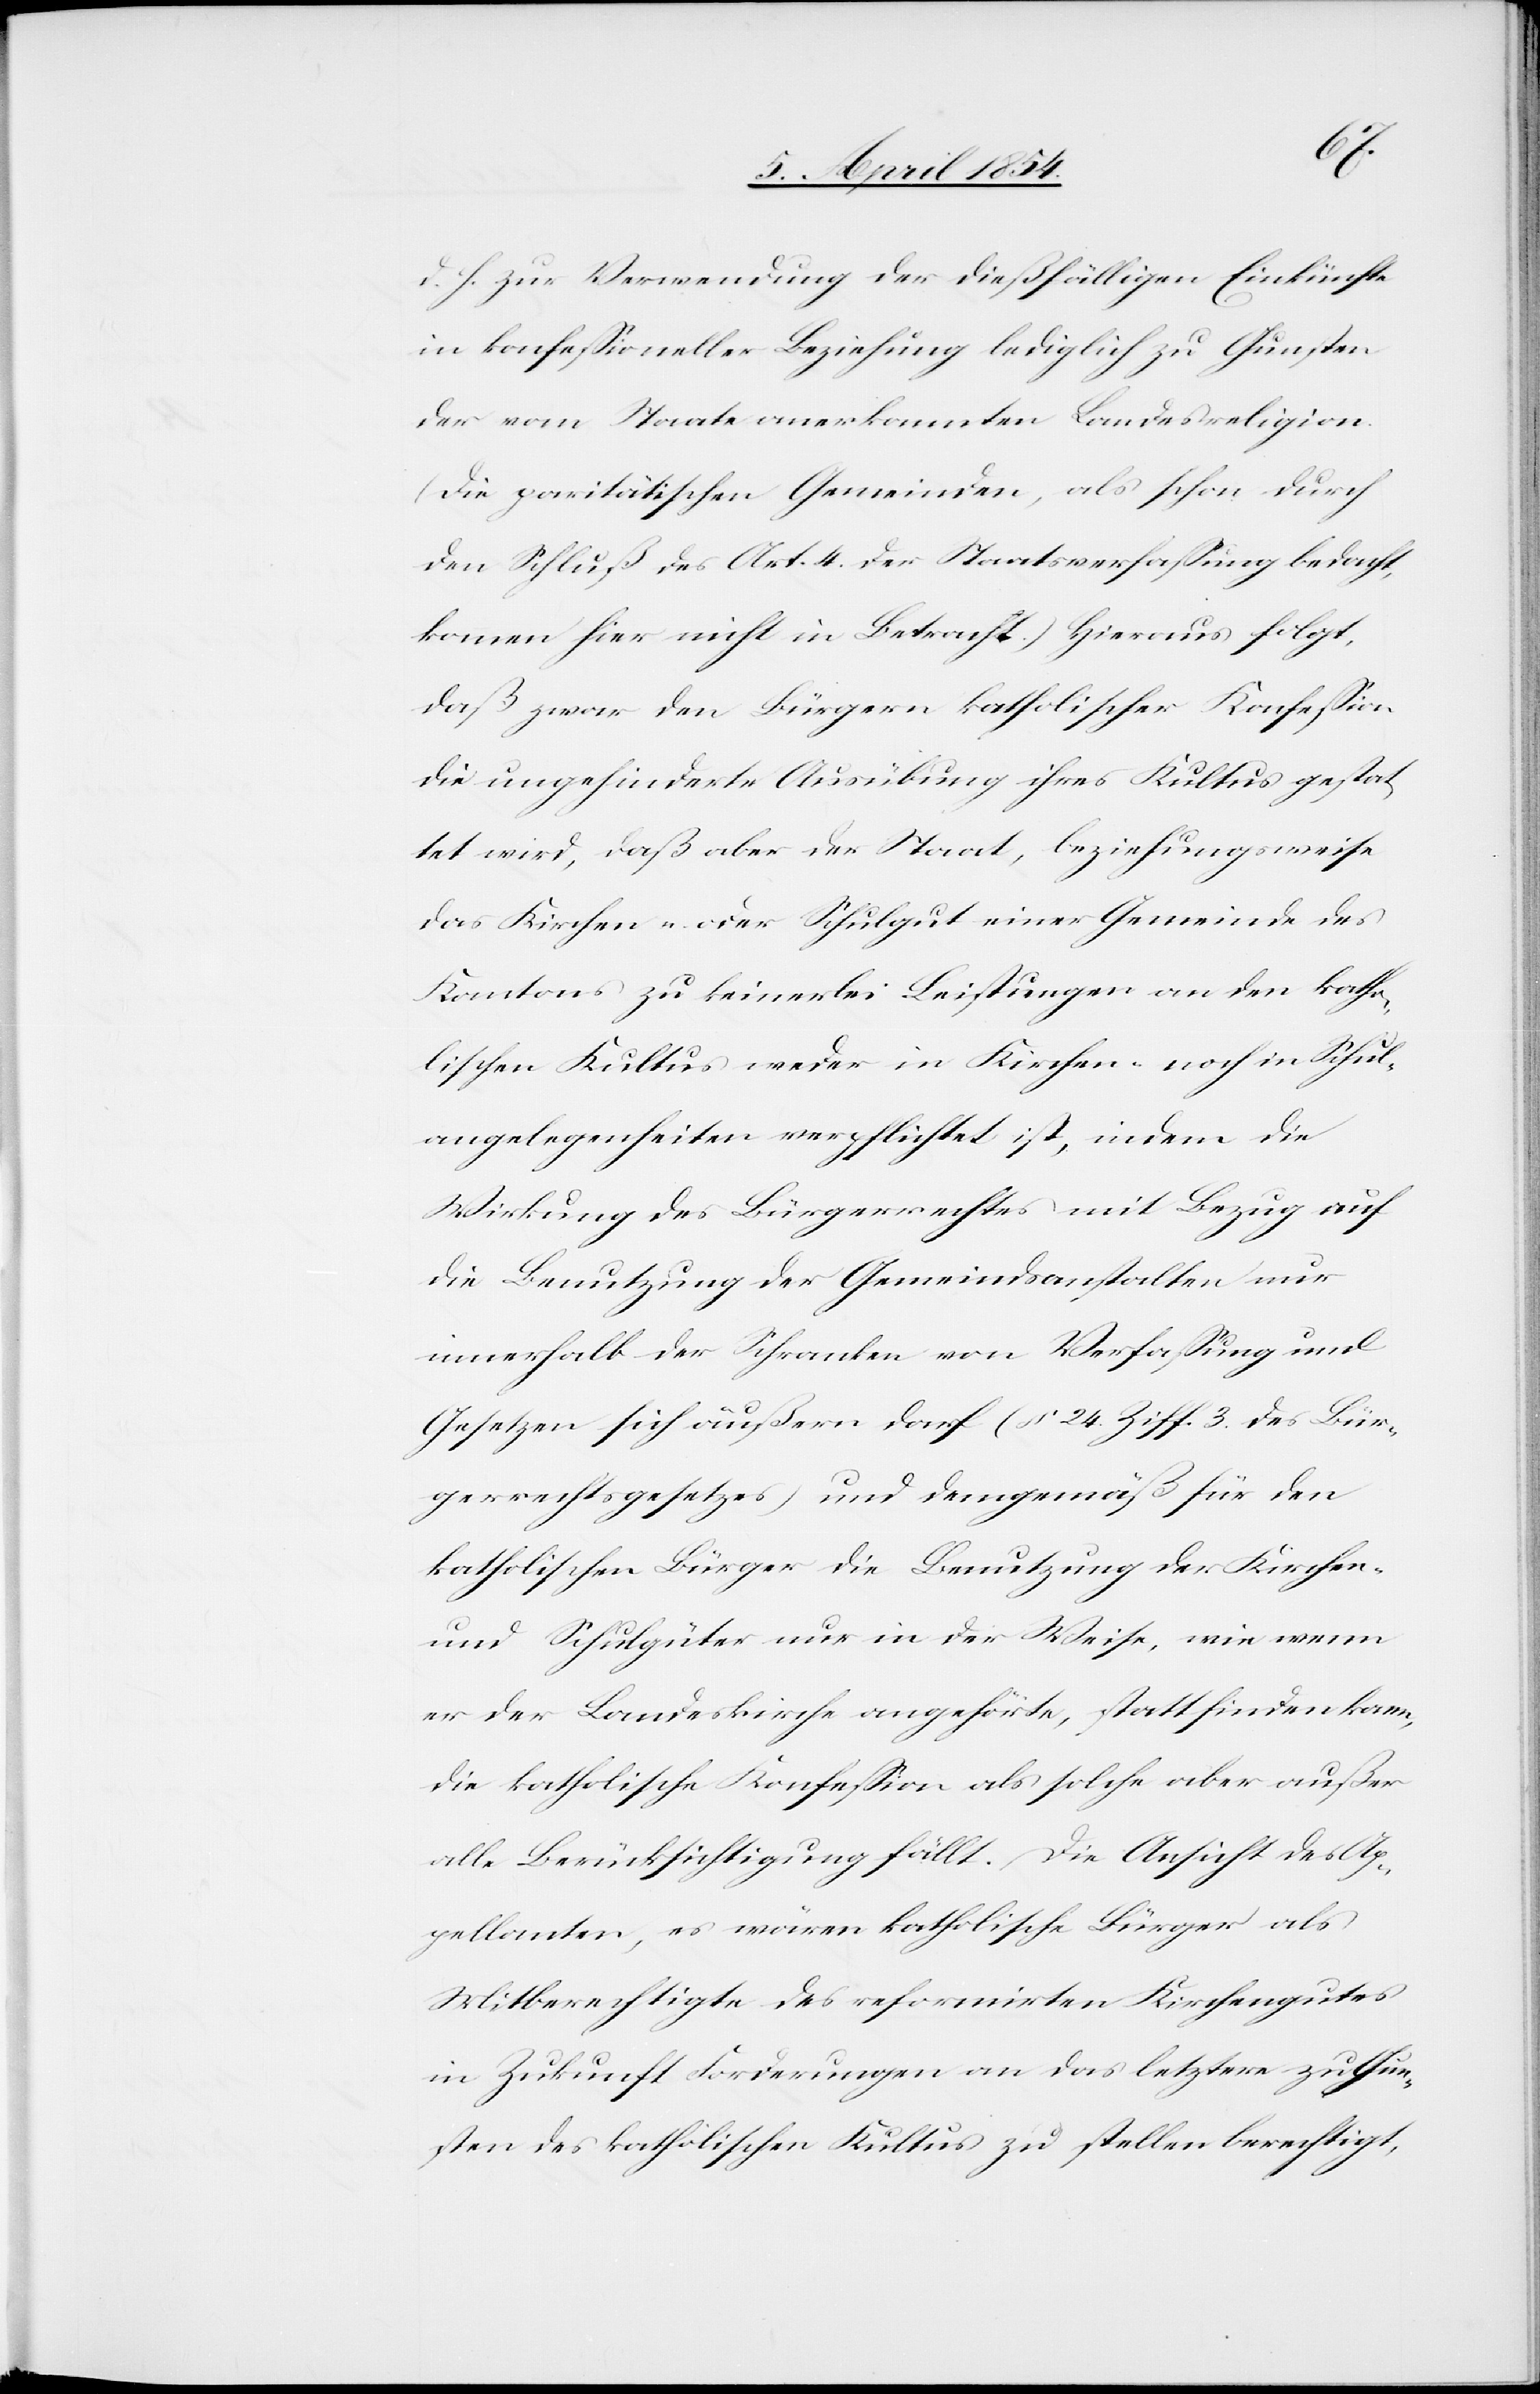
d.
h. zur Verwendung der dießfälligen Einkünfte
in konfeßioneller Beziehung lediglich zu Gunsten
der vom Staate anerkannten Landesreligion.
(Die paritätischen Gemeinden, als schon durch
den Schluß des Art. 4 der Staatsverfaßung bedacht,
kommen hier nicht in Betracht.) Hieraus folgt,
daß zwar den Bürgern katholischer Konfeßion
die ungehinderte Ausübung ihres Kultus gestat¬
tet wird, daß aber der Staat, beziehungsweise
das Kirchen- oder Schulgut einer Gemeinde des
Kantons zu keinerlei Leistungen an den katho¬
lischen Kultur weder in Kirche- noch in Schul¬
angelegenheiten verpflichtet ist, indem die
Wirkung des Bürgerrechtes mit Bezug auf
die Benutzung der Gemeindsanstalten nur
innerhalb der Schranken von Verfaßung und
Gesetzen sich äußern darf (§ 24. Ziff. 3. des Bür¬
gerrechtsgesetzes) und demgemäß für den
katholischen Bürger die Benutzung der Kirchen-
und Schulgüter nur in der Weise, wie wenn
er der Landeskirche angehörte, stattfinden kann,
die katholische Konfeßion als solche aber außer
aller Berücksichtigung fällt. Die Ansicht des Ap¬
pellanten, es wären katholische Bürger als
Mitberechtigte des reformirten Kirchengutes
in Zukunft Forderungen an das letztere zu Gun¬
sten des katholischen Kultus zu stellen berechtigt,